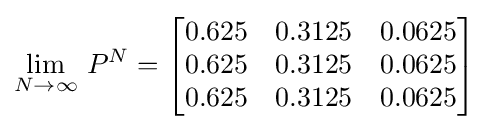
\lim _{N\to \infty }\,P^{N}={\begin{bmatrix}0.625&0.3125&0.0625\\0.625&0.3125&0.0625\\0.625&0.3125&0.0625\end{bmatrix}}